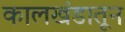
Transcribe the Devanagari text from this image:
कालखंडातून